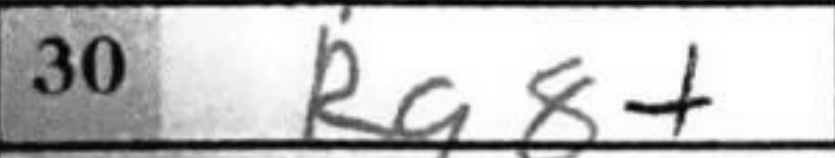
Transcription: Rg8+